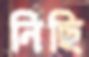
নিছি